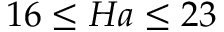
1 6 \le H a \le 2 3